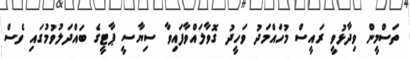
ތަސްމީން ވިދާޅުވީ ރައީސް މުހައްމަދު ވަހީދު ގޮވާލައްވާފައިވާ ސިޔާސީ ޕާޓީގެ ބައްދަލުވުމުގައި ވެސް